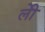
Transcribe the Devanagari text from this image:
लीे